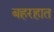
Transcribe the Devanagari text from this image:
बहरहात